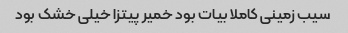
سیب زمینی کاملا بیات بود خمیر پیتزا خیلی خشک بود